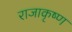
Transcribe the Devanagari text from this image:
राजाकृष्ण